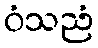
ဝံသညံ